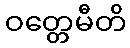
ဝတ္တေမီတိ